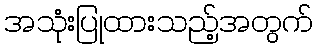
အသုံးပြုထားသည့်အတွက်